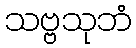
သဗ္ဗသုဘံ